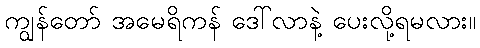
ကျွန်တော် အမေရိကန် ဒေါ်လာနဲ့ ပေးလို့ရမလား။